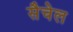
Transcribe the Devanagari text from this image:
सैचेल